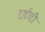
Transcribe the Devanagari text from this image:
दर्षाती